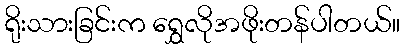
ရိုးသားခြင်းက ရွှေလိုအဖိုးတန်ပါတယ်။